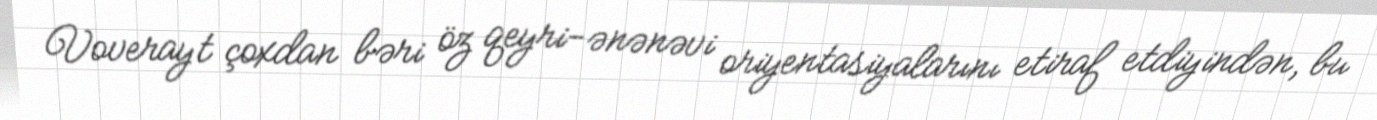
Voverayt çoxdan bəri öz qeyri-ənənəvi oriyentasiyalarını etiraf etdiyindən, bu